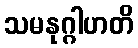
သမနုဂ္ဂါဟတိ